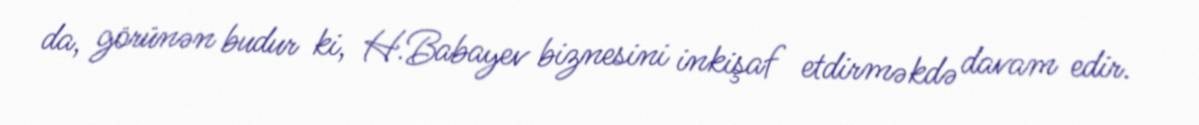
da, görünən budur ki, H.Babayev biznesini inkişaf etdirməkdə davam edir.